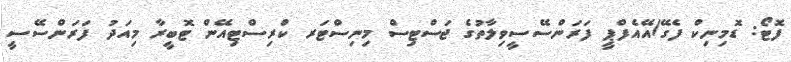
ފޮޓޯ: ޑޮމިނިކް ފެގޭ/އޭއެފްޕީ ފަރަންސޭސީވިލާތުގެ ޖަސްޓިސް މިނިސްޓަރ ކްރިސްޓިއޭން ޓޮބީރާ މިއަދު ފަރަންސޭސީ